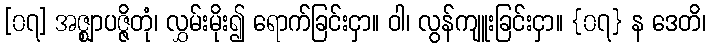
[၀၇] အဇ္ဈာပဇ္ဇိတုံ၊ လွှမ်းမိုး၍ ရောက်ခြင်းငှာ။ ဝါ၊ လွန်ကျူးခြင်းငှာ။ {၀၇} န ဒေတိ၊